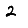
Digit: 2